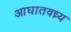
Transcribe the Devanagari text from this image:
आघातवध्र्य